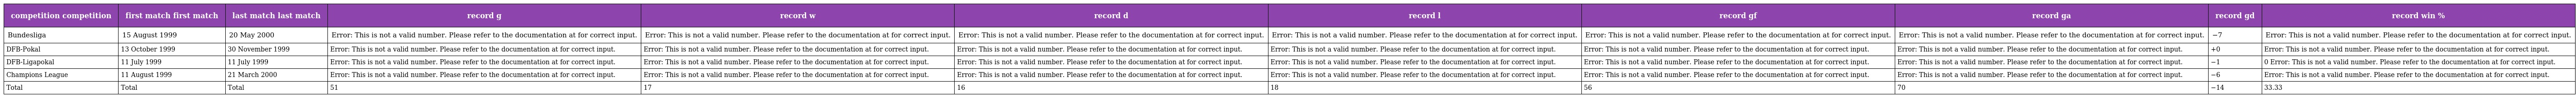
| competition competition | first match first match | last match last match | record g | record w | record d | record l | record gf | record ga | record gd | record win % |
 | --- | --- | --- | --- | --- | --- | --- | --- | --- | --- | --- |
 | Bundesliga | 15 August 1999 | 20 May 2000 | Error: This is not a valid number. Please refer to the documentation at for correct input. | Error: This is not a valid number. Please refer to the documentation at for correct input. | Error: This is not a valid number. Please refer to the documentation at for correct input. | Error: This is not a valid number. Please refer to the documentation at for correct input. | Error: This is not a valid number. Please refer to the documentation at for correct input. | Error: This is not a valid number. Please refer to the documentation at for correct input. | −7 | Error: This is not a valid number. Please refer to the documentation at for correct input. |
 | DFB-Pokal | 13 October 1999 | 30 November 1999 | Error: This is not a valid number. Please refer to the documentation at for correct input. | Error: This is not a valid number. Please refer to the documentation at for correct input. | Error: This is not a valid number. Please refer to the documentation at for correct input. | Error: This is not a valid number. Please refer to the documentation at for correct input. | Error: This is not a valid number. Please refer to the documentation at for correct input. | Error: This is not a valid number. Please refer to the documentation at for correct input. | +0 | Error: This is not a valid number. Please refer to the documentation at for correct input. |
 | DFB-Ligapokal | 11 July 1999 | 11 July 1999 | Error: This is not a valid number. Please refer to the documentation at for correct input. | Error: This is not a valid number. Please refer to the documentation at for correct input. | Error: This is not a valid number. Please refer to the documentation at for correct input. | Error: This is not a valid number. Please refer to the documentation at for correct input. | Error: This is not a valid number. Please refer to the documentation at for correct input. | Error: This is not a valid number. Please refer to the documentation at for correct input. | −1 | 0 Error: This is not a valid number. Please refer to the documentation at for correct input. |
 | Champions League | 11 August 1999 | 21 March 2000 | Error: This is not a valid number. Please refer to the documentation at for correct input. | Error: This is not a valid number. Please refer to the documentation at for correct input. | Error: This is not a valid number. Please refer to the documentation at for correct input. | Error: This is not a valid number. Please refer to the documentation at for correct input. | Error: This is not a valid number. Please refer to the documentation at for correct input. | Error: This is not a valid number. Please refer to the documentation at for correct input. | −6 | Error: This is not a valid number. Please refer to the documentation at for correct input. |
 | Total | Total | Total | 51 | 17 | 16 | 18 | 56 | 70 | −14 | 33.33 |